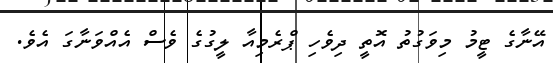
އޭނާގެ ޓީމު މިވަގުތު އޮތީ ދިވެހި ޕްރެމިއާ ލީގުގެ ވެސް އެއްވަނާގަ އެވެ.